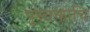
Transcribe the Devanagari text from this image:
पुस्तकाचि